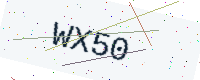
Text: WX50